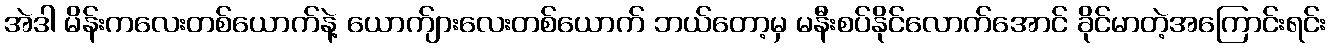
အဲဒါ မိန်းကလေးတစ်ယောက်နဲ့ ယောက်ျားလေးတစ်ယောက် ဘယ်တော့မှ မနီးစပ်နိုင်လောက်အောင် ခိုင်မာတဲ့အကြောင်းရင်း